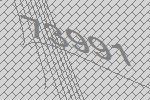
73991